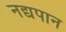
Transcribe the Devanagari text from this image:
नद्यपान